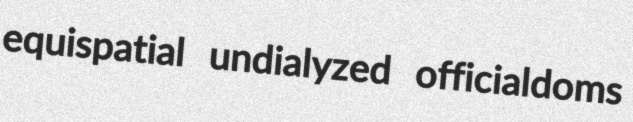
equispatial undialyzed officialdoms